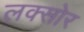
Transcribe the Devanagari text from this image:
लक्सोर